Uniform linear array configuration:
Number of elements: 24
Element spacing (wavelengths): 0.25
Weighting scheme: hamming
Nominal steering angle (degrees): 60
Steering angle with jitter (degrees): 58.23
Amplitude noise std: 0.05
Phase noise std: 0.05

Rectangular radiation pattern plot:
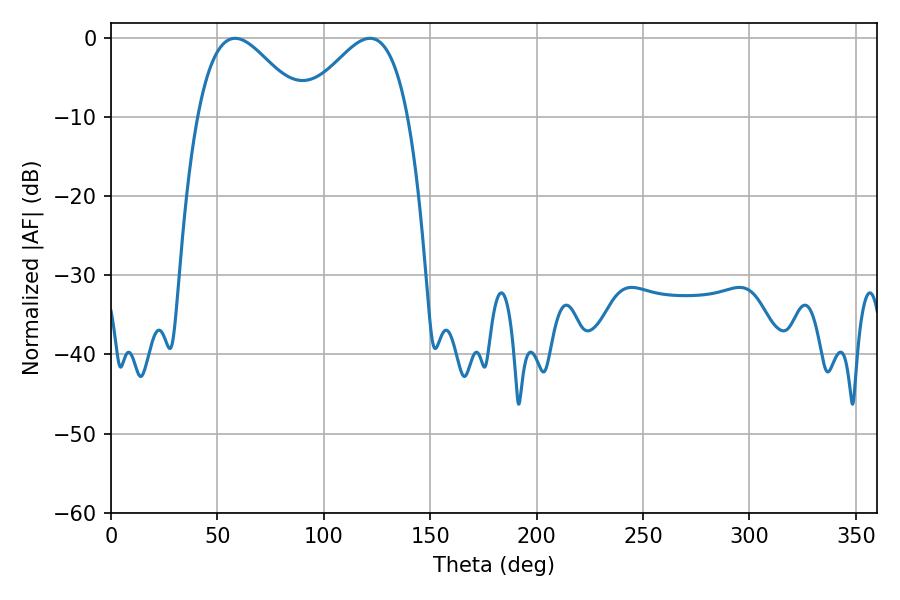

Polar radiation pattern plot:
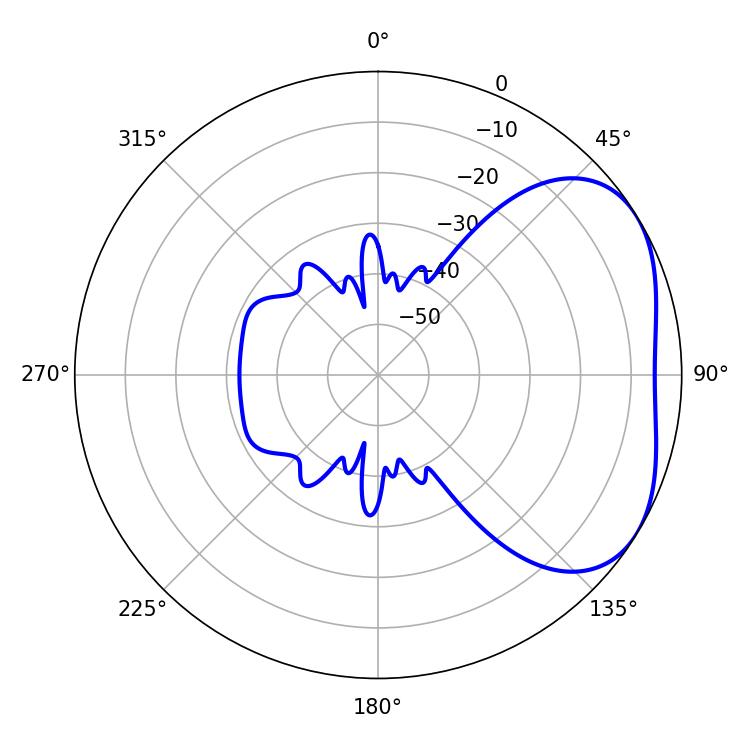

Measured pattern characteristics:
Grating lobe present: FALSE
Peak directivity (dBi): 3.514
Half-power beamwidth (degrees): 26.82
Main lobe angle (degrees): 58.32